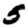
Digit: 5